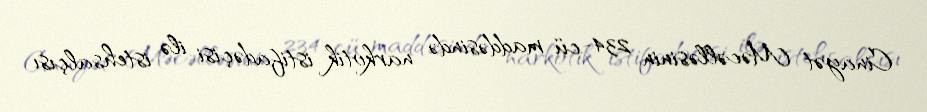
Cinayət Məcəlləsinin 234-cü maddəsində narkotik istifadəçisi ilə istehsalçısı